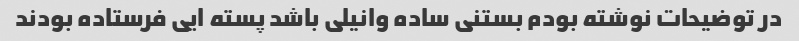
در توضیحات نوشته بودم بستنی ساده وانیلی باشد پسته ایی فرستاده بودند